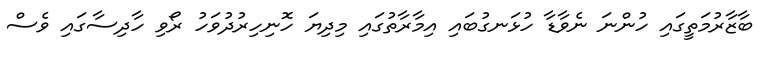
ބާޒާރުމަތީގައި ހުންނަ ނެވާޑާ ހުޅަނގުބައި އިމާރާތުގައި މިދިޔަ ހޮނިހިރުދުވަހު ރޯވި ހާދިސާގައި ވެސް